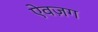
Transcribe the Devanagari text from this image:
ऐवज़ग